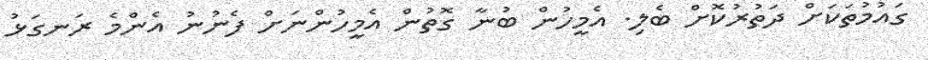
ގައުމުތަކަށް ދަތުރުކޮށް ބެލި. އެމީހުން ބުނާ ގޮތުން އެމީހުންނަށް ފެނުނު އެންމެ ރަނގަޅު